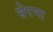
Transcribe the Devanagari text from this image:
सेरना